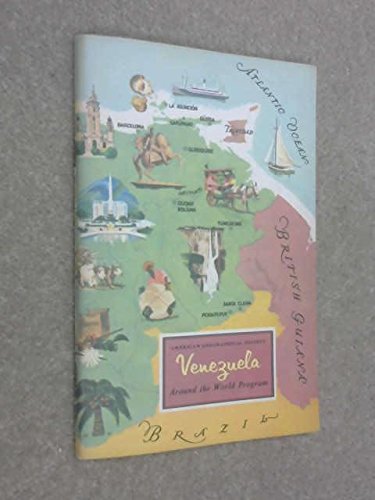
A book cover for Venezuela, (Around the world program); Dr. Raymond E. Crist; Travel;